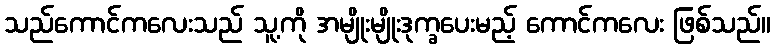
သည်ကောင်ကလေးသည် သူ့ကို အမျိုးမျိုးဒုက္ခပေးမည့် ကောင်ကလေး ဖြစ်သည်။